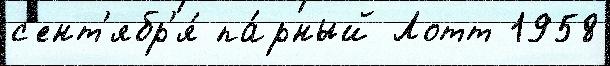
с'ент'ябр'я́ па́рный Лотт 1958